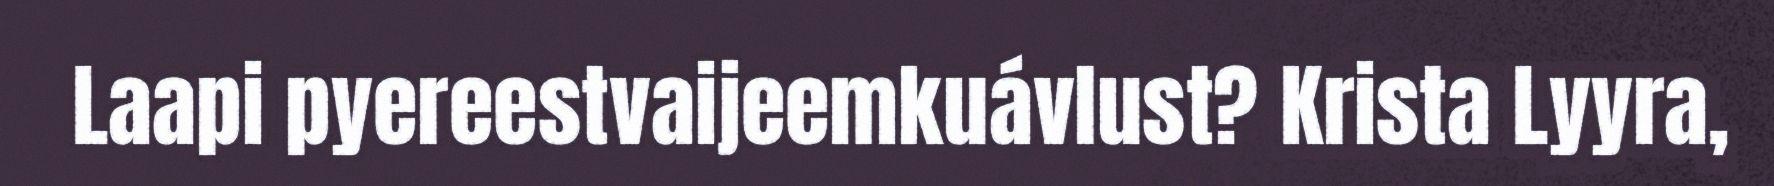
Laapi pyereestvaijeemkuávlust? Krista Lyyra,